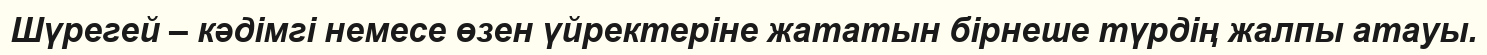
Шүрегей – кәдімгі немесе өзен үйректеріне жататын бірнеше түрдің жалпы атауы.